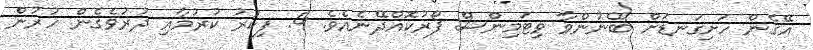
އޭގެން ހަށިގަނޑަށް ބޭނުންވާ ވިޓަމިންސް ފޯރުކޮއްދޭނެއެވެ. 4. ފިކުރު ކުރުމާއި ދުރުވެގެން ހުރުން